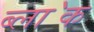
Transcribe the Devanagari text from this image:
ब्ला॓क